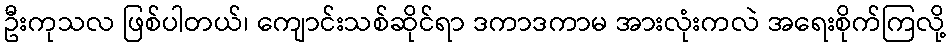
ဦးကုသလ ဖြစ်ပါတယ်၊ ကျောင်းသစ်ဆိုင်ရာ ဒကာဒကာမ အားလုံးကလဲ အရေးစိုက်ကြလို့